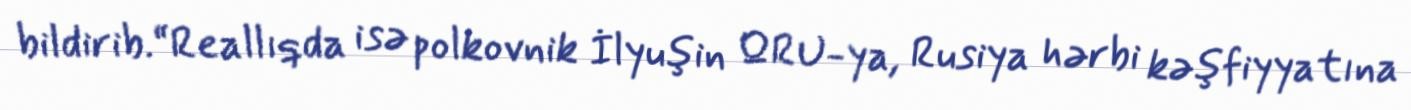
bildirib.“Reallıqda isə polkovnik İlyuşin QRU-ya, Rusiya hərbi kəşfiyyatına